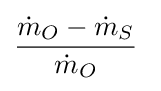
{\frac {{{\dot {m}}_{O}}-{{\dot {m}}_{S}}}{{\dot {m}}_{O}}}\